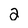
Character: 2